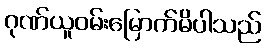
ဂုဏ်ယူဝမ်းမြောက်မိပါသည်